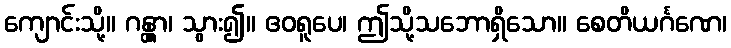
ကျောင်းသို့။ ဂန္တွာ၊ သွား၍။ ဧဝရူပေ၊ ဤသို့သဘောရှိသော။ စေတိယင်္ဂဏေ၊